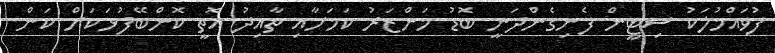
ފުވައްމުލަކު ސިޓީން ފެނިގެންދަނީ ބޮޑު މަންޒަރު ކަމަށާއި ތާއިދު އޮތީ ކޮންބޭފުޅަކަށް ކަން